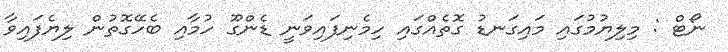
ނޯޓް : މިލިޔުމުގައި މައިގަނޑު ގޮތެއްގައި ހިމެނިފައިވަނީ ޑެންގޫ ހުމާއި ބެހޭގޮތުން ލިޔެފައިވާ